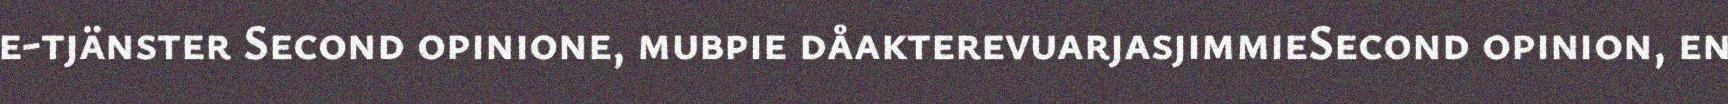
e-tjänster Second opinione, mubpie dåakterevuarjasjimmieSecond opinion, en